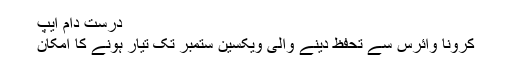
درست دام ایپ
کرونا وائرس سے تحفظ دینے والی ویکسین ستمبر تک تیار ہونے کا امکان